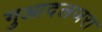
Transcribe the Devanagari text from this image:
गुआदलजरा